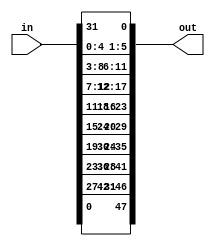
`timescale 1ns / 1ps
//////////////////////////////////////////////////////////////////////////////////
// Company: 
// Engineer: 
// 
// Design Name: 
// Module Name: Expansion
// Project Name: 
// Target Devices: 
// Tool Versions: 
// Description: 
// 
// Dependencies: 
// 
// Revision:
// Revision 0.01 - File Created
// Additional Comments:
// 
//////////////////////////////////////////////////////////////////////////////////


module Expansion(
    input [0:4 * 8 - 1] in,
    output reg [0:6*8 - 1] out
    );
    
    always @*
    begin: permute
    
        integer i;

        for (i = 1; i < 5; i = i + 1) begin
            out[6*0 + i] = in[(i - 1) + 0];
            out[6*1 + i] = in[(i - 1) + 4];
            out[6*2 + i] = in[(i - 1) + 8];
            out[6*3 + i] = in[(i - 1) + 12];
            out[6*4 + i] = in[(i - 1) + 16];
            out[6*5 + i] = in[(i - 1) + 20];
            out[6*6 + i] = in[(i - 1) + 24];
            out[6*7 + i] = in[(i - 1) + 28];
        end
        
        out[0] = in[31];
        out[6] = in[3];
        out[12] = in[7];
        out[18] = in[11];
        out[24] = in[15];
        out[30] = in[19];
        out[36] = in[23];
        out[42] = in[27];
        
        out[5] = in[4];
        out[11] = in[8];
        out[17] = in[12];
        out[23] = in[16];
        out[29] = in[20];
        out[35] = in[24];
        out[41] = in[28];
        out[47] = in[0];     
    end
    
endmodule